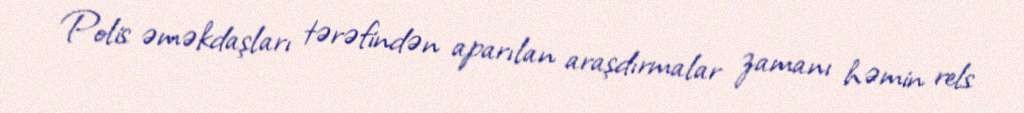
Polis əməkdaşları tərəfindən aparılan araşdırmalar zamanı həmin rels